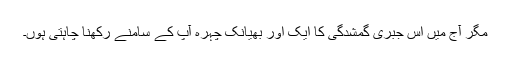
مگر آج میں اس جبری گمشدگی کا ایک اور بھیانک چہرہ آپ کے سامنے رکھنا چاہتی ہوں۔